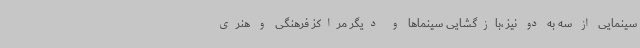
سینمایی از سه به دو نیز ،بازگشایی سینماها و دیگر مراکز فرهنگی و هنری